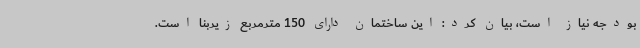
بودجه نیاز است، بیان کرد: این ساختمان دارای 150 مترمربع زیربنا است.